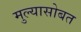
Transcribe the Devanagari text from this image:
मुल्यासोबत